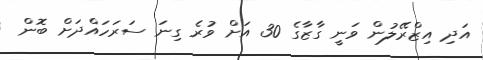
އަދި އިޒްރޭލުން ވަނީ ގާޒާގެ 30 އަށް ވުރެ ގިނަ ސަރަހައްދަށް ބޮން